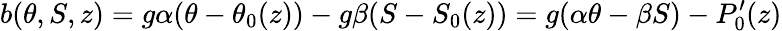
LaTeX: b(\theta,S,z)=g\alpha(\theta-\theta_{0}(z))-g\beta(S-S_{0}(z))=g(\alpha\theta-\beta S)-P_{0}^{\prime}(z)